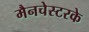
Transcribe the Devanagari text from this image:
मैनचेस्टरके